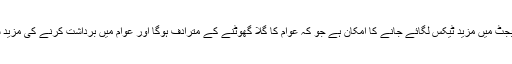
اور آنے والے بجٹ میں مزید ٹیکس لگائے جانے کا امکان ہے جو کہ عوام کا گلا گھوٹنے کے مترادف ہوگا اور عوام میں برداشت کرنے کی مزید سکت نہیں ہے۔